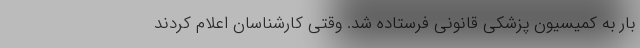
بار به کمیسیون پزشکی قانونی فرستاده شد. وقتی کارشناسان اعلام کردند